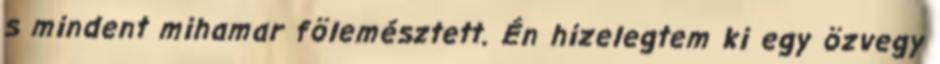
s mindent mihamar fölemésztett. Én hizelegtem ki egy özvegy